Indian journal of veterinary science and animal husbandry - Volume 7,
Year: 1937
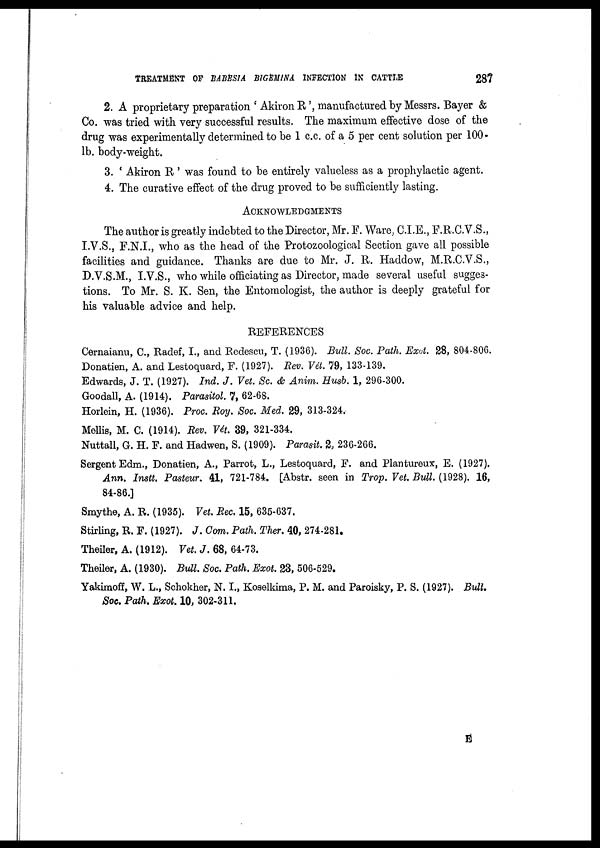
TREATMENT OF BABESIA BIGEMINA INFECTION IN CATTLE
287
2. A proprietary preparation ' Akiron R', manufactured by Messrs. Bayer &
Co. was tried with very successful results. The maximum effective dose of the
drug was experimentally determined to be 1 c.c. of a 5 per cent solution per 100-
lb. body-weight.
3. ' Akiron R' was found to be entirely valueless as a prophylactic agent.
4. The curative effect of the drug proved to be sufficiently lasting.
ACKNOWLEDGMENTS
The author is greatly indebted to the Director, Mr. F. Ware, C.I.E., F.R.C.V.S.,
I.V.S., F.N.I., who as the head of the Protozoological Section gave all possible
facilities and guidance. Thanks are due to Mr. J. R. Haddow, M.R.C.V.S.,
D.V.S.M., I.V.S., who while officiating as Director, made several useful sugges-
tions. To Mr. S. K. Sen, the Entomologist, the author is deeply grateful for
his valuable advice and help.
REFERENCES
Cernaianu, C., Radef, I., and Redescu, T. (1936). Bull. Soc. Path. Exot. 28, 804-806.
Donation, A. and Lestoquard, F. (1927). Rev. Vét. 79, 133-139.
Edwards, J. T. (1927). Ind. J. Vet. Sc. & Anim. Husb. 1, 296-300.
Goodall, A. (1914). Parasitol. 7, 62-68.
Horlein, H. (1936). Proc. Roy. Soc. Med. 29, 313-324.
Mellis, M. C. (1914). Rev. Vét. 39, 321-334.
Nuttall, G. H. F. and Hadwen, S. (1909). Parasit. 2, 236-266.
Sergent Edm., Donation, A., Parrot, L., Lestoquard, F. and Plantureux, E. (1927).
Ann. Instt. Pasteur. 41, 721-784. [Abstr. seen in Trop. Vet. Bull. (1928). 16,
84-86.]
Smythe, A. R. (1935). Vet. Rec. 15, 635-637.
Stirling, R. F. (1927). J. Com. Path. Ther. 40, 274-281.
Theiler, A. (1912). Vet. J. 68, 64-73.
Theiler, A. (1930). Bull. Soc. Path. Exot. 23, 506-529.
Yakimoff, W. L., Schokher, N. I., Koselkima, P. M. and Paroisky, P. S. (1927). Bull.
Soc. Path. Exot. 10, 302-311.
E